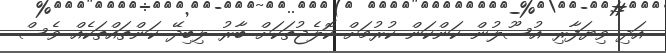
އަދި ވިޔަފާރި އުސޫލުން ކަންކަން ކުރުމަށް ކޮލެޖުތަކަށް ބާރު ލިބިދޭ ކަންތައްތަކެއް ވެސް